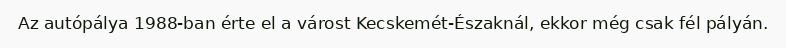
Az autópálya 1988-ban érte el a várost Kecskemét-Északnál, ekkor még csak fél pályán.